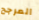
المرجح